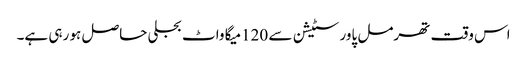
اس وقت تھرمل پاور سٹیشن سے 120میگا واٹ بجلی حاصل ہو رہی ہے۔